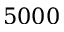
5 0 0 0